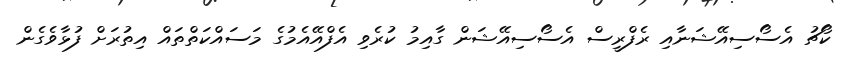
ކޯޗު އެސޯސިއޭޝަނާއި ރެފްރީސް އެސޯސިއޭޝަން ގާއިމު ކުރެވި އެފްއޭއެމުގެ މަސައްކަތްތައް އިތުރަށް ފުޅާވެގެން